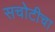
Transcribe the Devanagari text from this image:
सचोटीचा